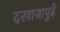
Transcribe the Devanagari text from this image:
दरवाजापुढे